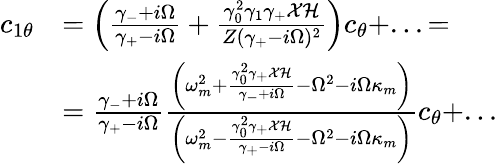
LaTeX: \begin{array}{rl}{c_{1\theta}}&{=\left(\frac{\gamma_{-}+i\Omega}{\gamma_{+}-i\Omega}+\frac{\gamma_{0}^{2}\gamma_{1}\gamma_{+}\mathcal{X}\mathcal{H}}{Z(\gamma_{+}-i\Omega)^{2}}\right)c_{\theta}+...=}\\ &{=\frac{\gamma_{-}+i\Omega}{\gamma_{+}-i\Omega}\frac{\left(\omega_{m}^{2}+\frac{\gamma_{0}^{2}\gamma_{+}\mathcal{X}\mathcal{H}}{\gamma_{-}+i\Omega}-\Omega^{2}-i\Omega\kappa_{m}\right)}{\left(\omega_{m}^{2}-\frac{\gamma_{0}^{2}\gamma_{+}\mathcal{X}\mathcal{H}}{\gamma_{+}-i\Omega}-\Omega^{2}-i\Omega\kappa_{m}\right)}c_{\theta}+...}\end{array}